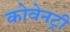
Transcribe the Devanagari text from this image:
कोवेनट्री